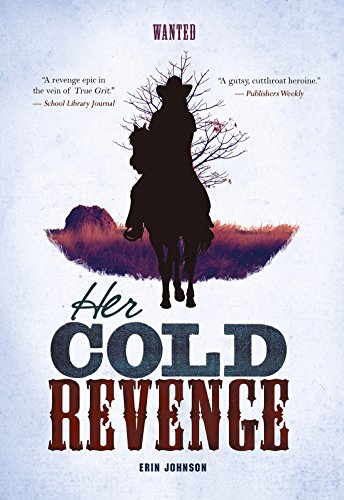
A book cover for Her Cold Revenge (Wanted); Erin Johnson; Teen & Young Adult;